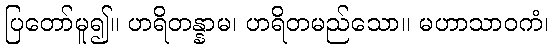
ပြတော်မူ၍။ ဟရိတန္နာမ၊ ဟရိတမည်သော။ မဟာသာဝကံ၊